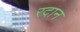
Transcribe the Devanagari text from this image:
रदान